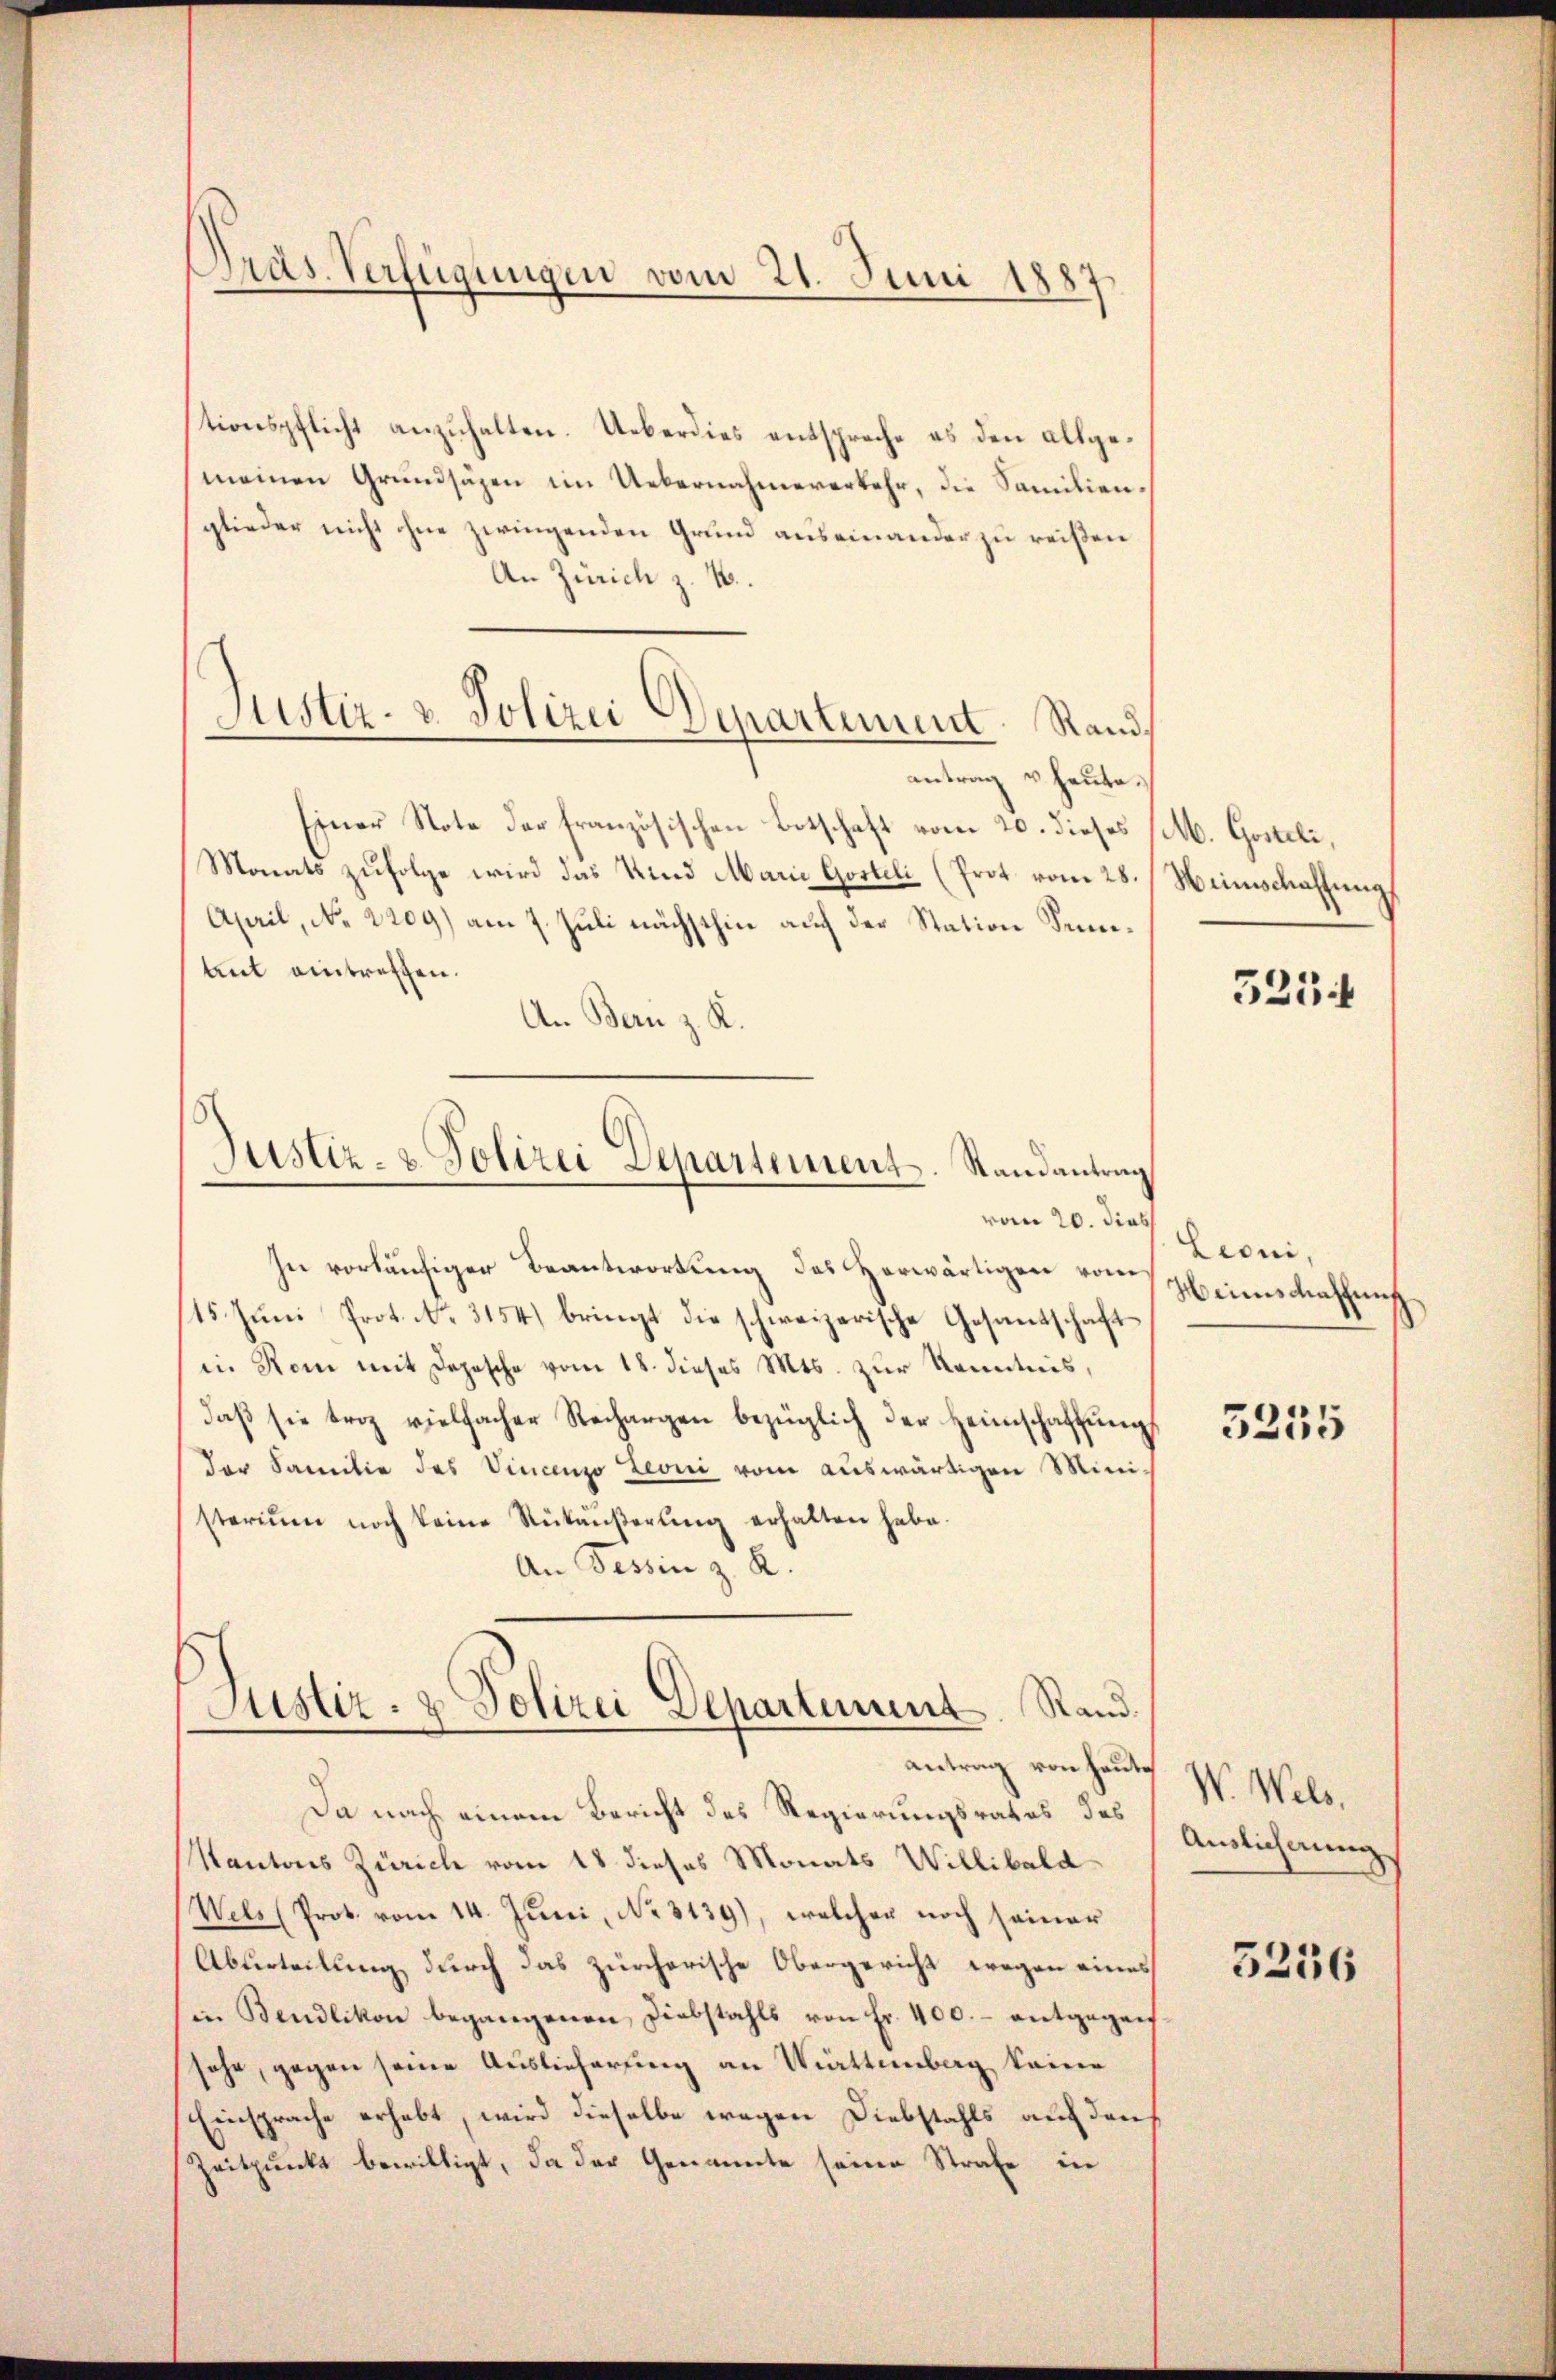
Präs. Verfügungen vom 21. Juni 1887

tionspflicht anzuhalten. Ueberdies entspreche es den allgemeinen Grundsäzen im Uebernahmeverkehr, die Samilienglieder nicht ohne zwingenden Grund auseinander zu reißen
An Zürich z. B.
antrag u. heute.
Einer Note der französischen Botschaft vom 20. dieses (M. Gesteli,
Monats zufolge wird das Kind Marie Gosteli (Prot. vom 28.
April, No 2209) am 7. Juli nächsthin auch der Station Sumtut eintreffen.
An Bern z. K.

Justiz- & Polizei Departement Rand¬

Justiz- & Polizei Departement-Randantrag
vom 20. dies

In vorläufiger Beantwortung des Herwärtigen vom
15. Juni Prot. No. 3154) bringt die schweizerische Gesantschaft
in Rom mit Depesche vom 18. dieses Mts. zur Kenntnis,
daβ sie troz vielfacher Rechargen bezüglich der Heimschaffŭng
der Familie des Vincenzo Leoni vom auswärtigen Mini-
sterium noch keine Rükäußerung erhalten habe.
An Tessin z. R.
Justiz- & Polizei Departement. Rand.

antrag von heute

Da nach einem Bericht des Regierungsrates des
Kantons Zürich vom 18 dieses Monats Willibald
Wels (Prot. vom 14. Juni, No. 3139), welcher noch seiner
Aburteilung durch das zürcherische Obergericht wegen eines
in Bendlikon begangenen Diebstahls von Fr. 400.- entgegen
sehe, gegen seine Auslieferung an Württemberg keine
Einsprache erhebt, wird dieselbe wegen Diebstahls auf den
Zeitpunkt bewilligt, da der Genannte seine Strafe in

Weinschaffung

5254

Lioni,
Heimschaffung
.

3255

W. Wels,
Auslichnung.

5256